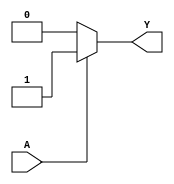
module single_variable_kmap (
    input wire A,  // Input variable
    output wire Y  // Output based on K-map logic
);

// Define the output logic based on the K-map
assign Y = (A == 1'b1) ? 1'b1 : 1'b0; // Y is 1 when A is 1, otherwise Y is 0

endmodule